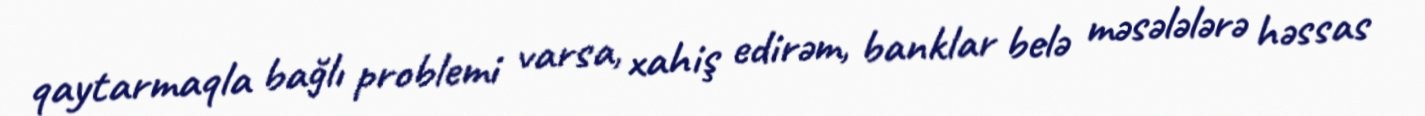
qaytarmaqla bağlı problemi varsa, xahiş edirəm, banklar belə məsələlərə həssas